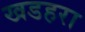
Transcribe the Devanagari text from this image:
खडहरा